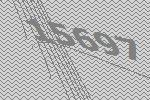
15697